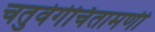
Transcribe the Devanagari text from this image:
चतुर्वर्गचिंतामणी